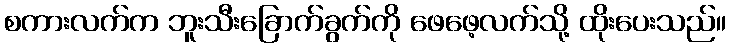
စကားလက်က ဘူးသီးခြောက်ခွက်ကို ဖေဖေ့လက်သို့ ထိုးပေးသည်။